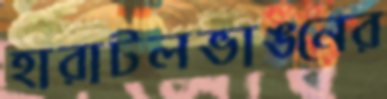
হারাটলভাঙনের